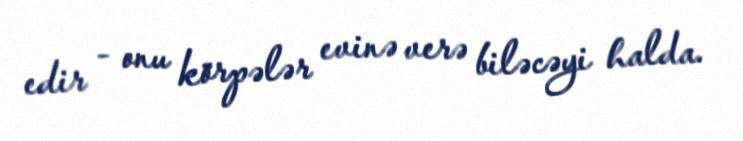
edir - onu körpələr evinə verə biləcəyi halda.